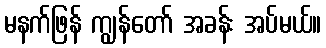
မနက်ဖြန် ကျွန်တော် အခန်း အပ်မယ်။